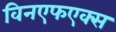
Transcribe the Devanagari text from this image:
विनएफएक्स